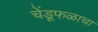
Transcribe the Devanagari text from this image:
चेंडूफळाचा